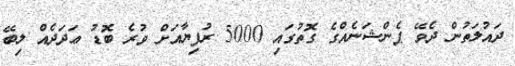
ދައުލަތުން ދެވޭ ޕެންޝަނެއްގެ ގޮތުގައި 5000 ރުފިޔާއަށް ވުރެ ބޮޑު ޢަދަދެއް ލިބޭ